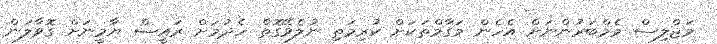
މަޖްލިސް މެމްބަރުންނަށް އެހެން މަގާމްތަކަށް ކުރިމަތި ނުލެވޭގޮތް ހެދުމަށް ރައީސް ޔާމީނަށް ގޮވާލަން